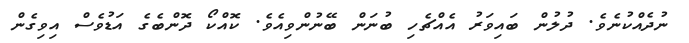
ނުދެއްކުނެވެ. ދުލުން ބައިވަރު އެއްޗެހި ބުނަން ބޭނުންވިއެވެ. ކޮއްކޯ ދޮންބެގެ އަޑުވެސް އިވިގެން